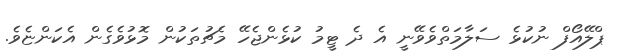
ޕްލޭއޯފް ނުކުޅެ ސަލާމަތްވެވޭނީ އެ ދެ ޓީމު ކުޅެންޖެހޭ މެޗުތަކުން މޮޅުވެގެން އެކަންޏެވެ.